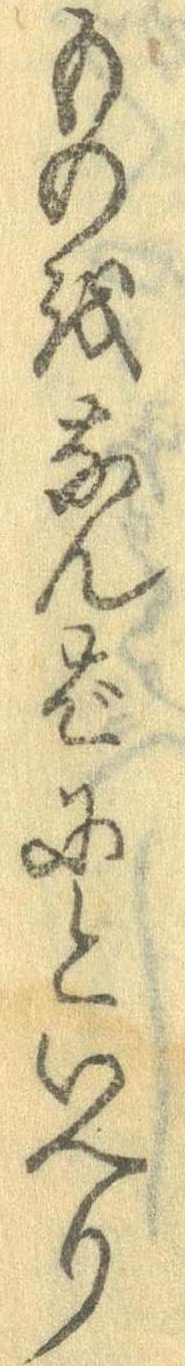
ものをなんばにといへり